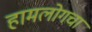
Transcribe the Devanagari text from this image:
हामलोगचा